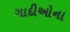
ગાદીઓના